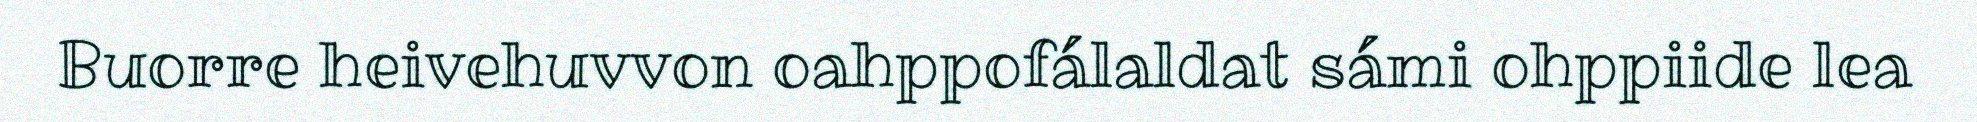
Buorre heivehuvvon oahppofálaldat sámi ohppiide lea